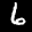
Label: 6